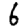
Digit: 6